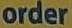
order